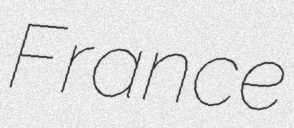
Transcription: France